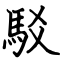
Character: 駁